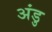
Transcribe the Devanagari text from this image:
अंडु